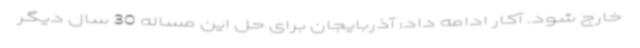
خارج شود. آکار ادامه داد: آذربایجان برای حل این مساله 30 سال دیگر